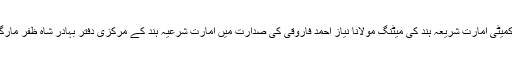
آج بعد نماز مغرب رویت ہلال کمیٹی امارت شریعہ ہند کی میٹنگ مولانا نیاز احمد فاروقی کی صدارت میں امارت شرعیہ ہند کے مرکزی دفتر بہادر شاہ ظفر مارگ نئی دہلی میں منعقد ہوئی تھی۔